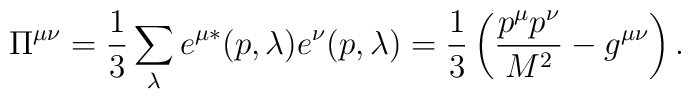
\Pi^{\mu\nu}=\frac{1}{3}\sum_{\lambda}e^{\mu *}(p,\lambda)e^{\nu }(p,\lambda)=\frac{1}{3}\left(\frac{p^{\mu}p^{\nu}}{M^2}-g^{\mu\nu}\right).